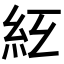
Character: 𥾬